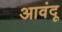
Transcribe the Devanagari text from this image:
आवंदू